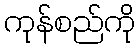
ကုန်စည်ကို